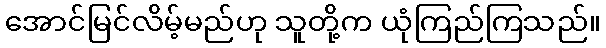
အောင်မြင်လိမ့်မည်ဟု သူတို့က ယုံကြည်ကြသည်။